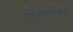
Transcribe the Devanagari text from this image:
डिपार्चर्स